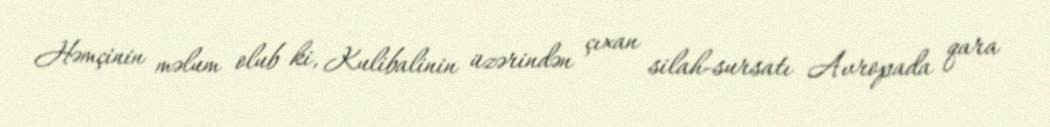
Həmçinin məlum olub ki, Kulibalinin üzərindən çıxan silah-sursatı Avropada qara